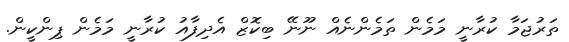
ތަރުޖަމާ ކުރާނީ މަމެން ތަމެންނެއް ނޫނޭ ބިކޮޒް އެދިފާއު ކުރާނީ މަމެން ޕިންކީން.